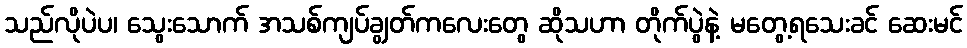
သည်လိုပဲပ၊ သွေးသောက် အသစ်ကျပ်ချွတ်ကလေးတွေ ဆိုသဟာ တိုက်ပွဲနဲ့ မတွေ့ရသေးခင် ဆေးမင်